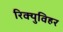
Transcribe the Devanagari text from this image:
रिक्युविहर